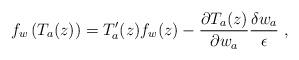
LaTeX: \begin{align*}f_w\left( T_a(z)\right) =T'_a(z)f_w(z) -\frac{\partial T_a(z)}{\partial w_a} \frac{\delta w_a}{\epsilon }\ ,\end{align*}